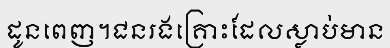
ដូនពេញ។ជនរងគ្រោះដែលស្លាប់មាន